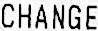
CHANGE